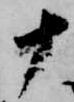
十